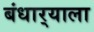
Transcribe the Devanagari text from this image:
बंधार्‍याला